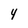
Character: 4